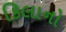
કિલાનો